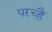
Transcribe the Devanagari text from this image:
परच्हैं